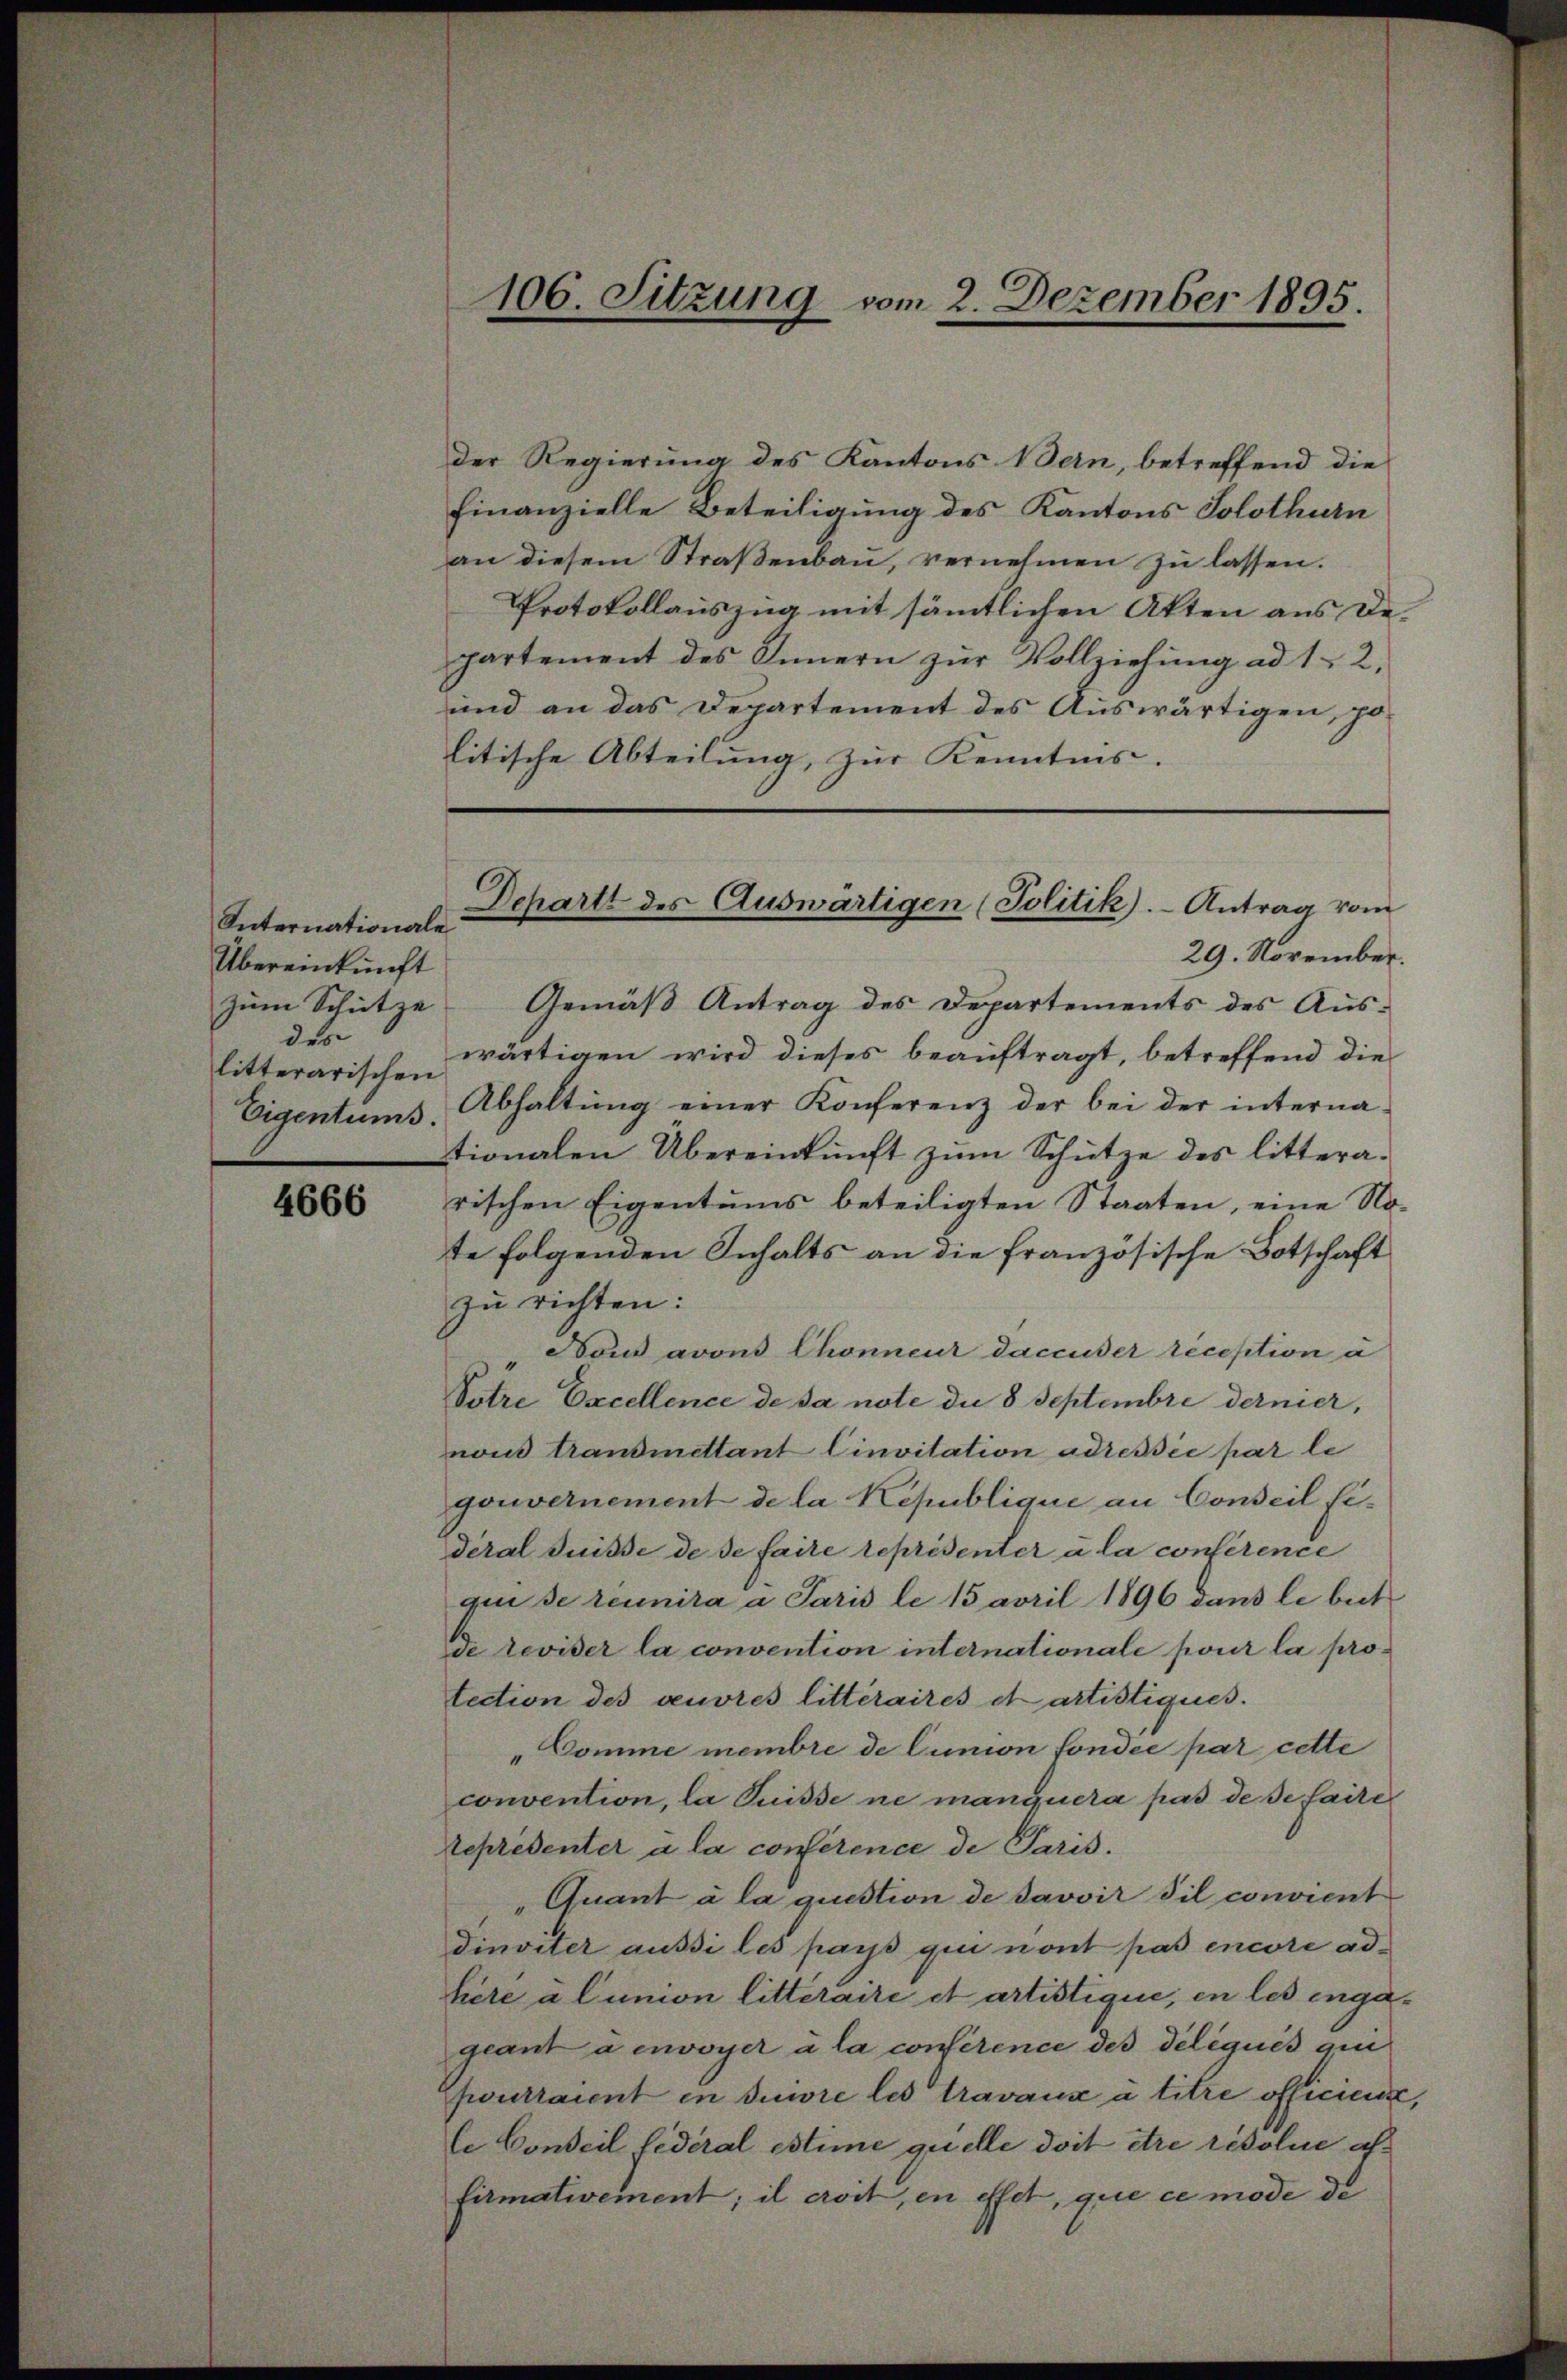
Internationale
Übereinkunft
des
litterarischen
Eigentums.

4666

106. Sitzung vom 2. Dezember 1895.

der Regierung des Kantons Wein, betreffend die
finanzielle Beteiligung des Kantons Solothurn
an diesem Straβenbaŭ, vernehmen zŭ lassen.
Protokollauszug mit sämmtlichen Akten aus Departement des Innern zŭr Vollziehŭng ad 1. 2.
und an das Departement des Auswärtigen, po-
litische Abteilung, zur Kenntnis.
29. November.
zŭm Schütze Gemäß Antrag des Departements des Auswärtigen wird dieses beauftragt, betreffend die
Abhaltŭng einer Konferenz der bei der interna-
tionalen Übereinkunft zum Schütze des litterarischen Eigentums beteiligten Staaten, eine Note folgenden Inhalts an die französische Botschaft
zu richten:
Bous avons Chonneur daccuser reception à
Votre Excellence de sa note die 8 Septembre dernier,
nous transmettant Cinvitation adressée par le
gouvernement de la République an Conseil Eidéral Suisse de se faire représenter à la conference
quise réunira a Paris le 15 avril 1896 dans le beit
di revider la convention internationale pour la protection des veuvres litteraires et artistiques.
Comme membre de lunion fonder par cette
convention, la Puisse ne manquera pas de se faite
représenter à la conference de Paris.
„Quant à la question de Javvir Sil convient
Dinviter aussi les pays qui nont pas encore adhere a lunion litteraire et artistique, en les engageant a envoyer à la conférence des deliquis qui
ourraient in suivre les travaux à titre officiers,
le Conseil fédéral estime quelle doit être résolue alfirmativement; il croit, en effet, que ce mode de

Schartt des Auswärtigen (Politik).- Antrag vom